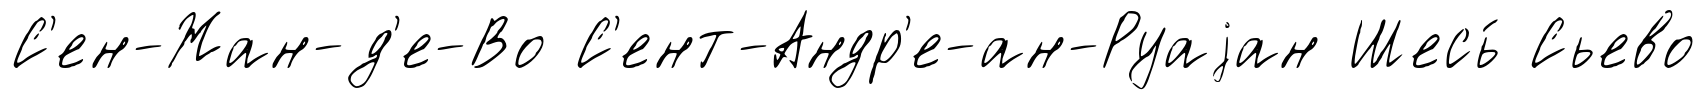
С'ен-Жан-д'е-Во С'ент-Андр'е-ан-Руаjан Шесь́ Сьево